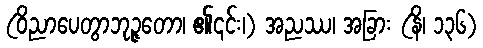
(ဝိညာပေတွာဘုဉ္ဇတော၊ ၏၎င်း၊) အညဿ၊ အခြား (နိ၊ ၁၃၆)